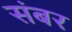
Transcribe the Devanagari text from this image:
संबर